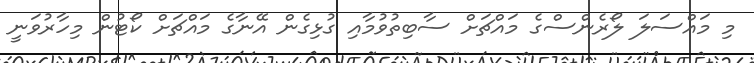
މި މައްސަލަ ލޯރެންސްގެ މައްޗަށް ސާބިތުވުމާއި ގުޅިގެން އޭނާގެ މައްޗަށް ކޯޓުން މިހާރުވަނީ